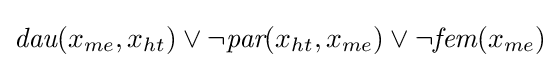
{\textit {dau}}(x_{me},x_{ht})\lor \lnot {\textit {par}}(x_{ht},x_{me})\lor \lnot {\textit {fem}}(x_{me})